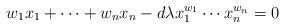
LaTeX: \begin{align*} w_1x_1 + \cdots + w_nx_n - d \lambda x_1^{w_1} \cdots x_n^{w_n}=0\end{align*}